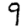
Digit: 9